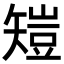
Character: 𥏸